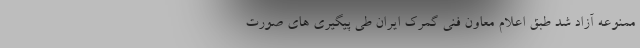
ممنوعه آزاد شد طبق اعلام معاون فنی گمرک ایران طی پیگیری های صورت